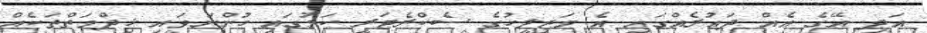
އަދި އޭގެ އެއް ދައުރެއްގައި އެ މަޖިލީހުގެ ސެކްރެޓަރީ ކަމުގައި ހުންނަވައި ޚިދްމަތްތަކެއް